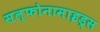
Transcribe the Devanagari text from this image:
सल्फोनामाइड्स